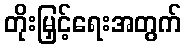
တိုးမြှင့်ရေးအတွက်